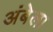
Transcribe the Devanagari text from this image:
अंबेला